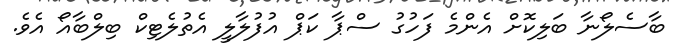
ބާސެލޯނާ ބަލިކޮށް އެންމެ ފަހުގު ސްޕާ ކަޕް އުފުލާލީ އެތުލެޓިކް ބިލްބާއޯ އެވެ.